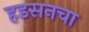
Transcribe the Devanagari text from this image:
हडसनचा